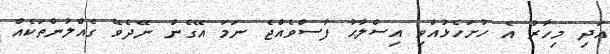
އަދި މިހާރު އެ ހުށަހެޅުއްވި އިސްލާޙު ފާސްވެއްޖެ ނަމަ އޭގެން ނޭދެވޭ ގެއްލުންތަކެއް